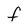
Character: F